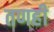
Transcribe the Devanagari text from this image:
तणही